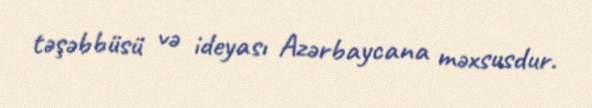
təşəbbüsü və ideyası Azərbaycana məxsusdur.